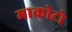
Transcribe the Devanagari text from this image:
माकोटो